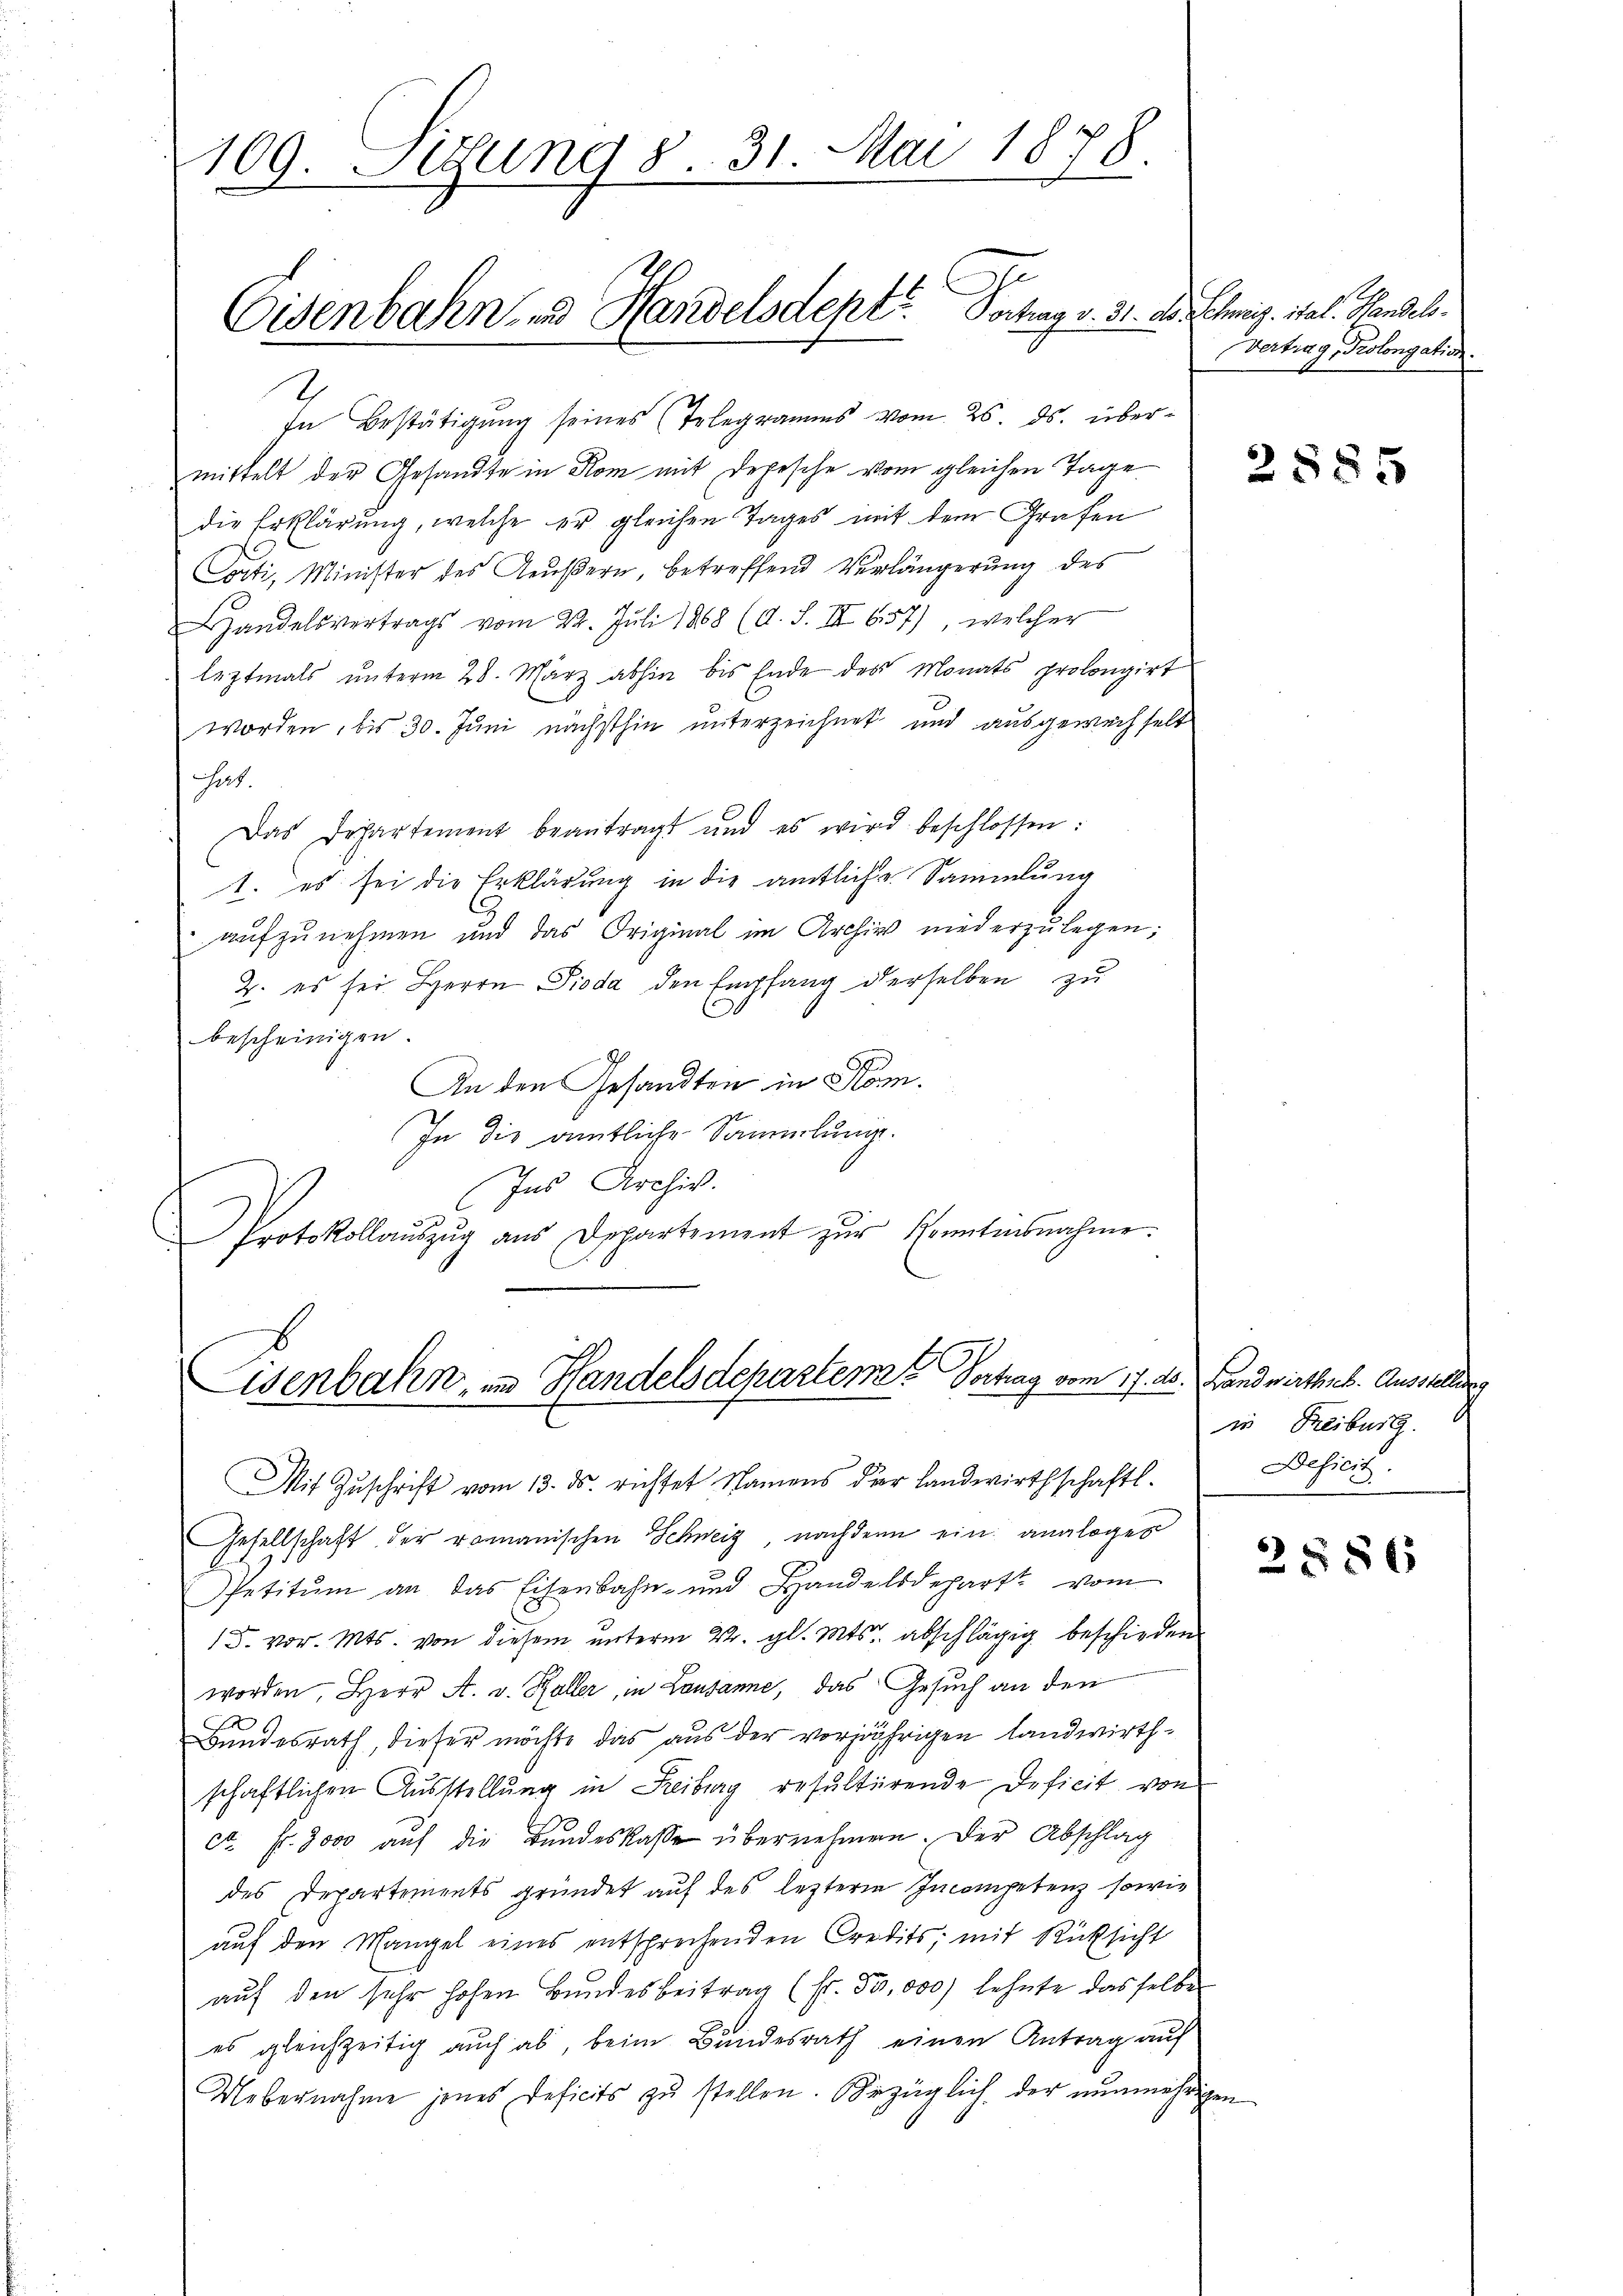
109. Sitzung 8. 31. Mai 1878.

Eisenbahn- und Handelsdeptr. Bochag v. 31.

In Bestätigung seines Telegramms vom 25. ds. übermittelt der Gesandte in Rom mit Depesche vom gleichen Tage
die Erklärung, welche er gleichen Tages mit dem Grafen
Cocti, Minister des Aeußern, betreffend Verlängerung des
andelsvertrags vom 22. Juli 1868 (d. S. III 657), welcher
leztmals ŭnterm 28. März abhin bis Ende des Monats prolongirt
worden, bis 30. Juni nächsthin unterzeichnet und ausgewechselt
Sat.
Das Departement beantragt und es wird beschlossen:
1. es sei die Erklärung in die amtliche Sammlung
aufzunehmen und das Original im Archiv niederzulegen;
2. es sei Herrn Pioda den Empfang derselben zu
bescheinigen.
An den Gesandten in Rom.
In die amtliche Sammlung.
Ins Archiv.
Protokollaŭszŭg ans Departement zŭr Kenntisnahme.

Lisenbahn, in Handelsdepartem Vortrag vom 17. ds. Handwirthes. Ausstellung

Mit Zŭschrift vom 13. ds. richtet Namens der Landwirthschaftl.
Gesellschaft der romanischen Schweiz, nachdem ein analoges
Spetitum an das Eisenbahn- und Handelsdepart vom
15. vor. Mts. von diesem unterm 4. gl. Mts. abschlägig beschieden
worden, Herr A. v. Haller, in Lausanne, das Gesuch an den
Bundesrath, dieser möchte das aus der vorjährigen Landwirthschaftlichen Ausstellung in Freiburg resultierende Deficit von
ca Fr. 8000 auf die Bundeskasse übernehmen. Der Abschlag
des Departements gründet auf des leztere Incompetenz sowie
auf den Mangel eines entsprechenden Credits, mit Rücksicht
auf den sehr hohen Bundesbeitrag (fr. 50,000) lehnte dasselbe
es gleichzeitig auch ab, beim Bundesrath einen Antrag auf
Uebernahme jenes Deficits zu stellen. Bezüglich der nunmehrigen

dl. Schweiz. ital. Handels.
Vertrag, Prolongation.

2885

in Reiburg.
Deficis.

2886